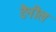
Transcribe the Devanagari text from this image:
डैनील